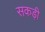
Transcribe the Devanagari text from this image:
सकड़ी